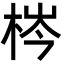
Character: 梣